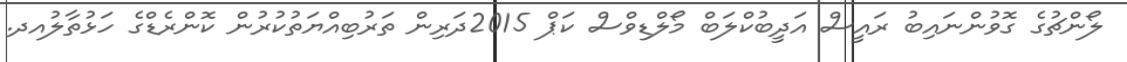
ލޯންޗުގެ ގޮވުންނައިބު ރައީސް އަދީބުކްލަބް މޯލްޑިވްސް ކަޕް 2015ދަރިން ތަރުބިއްޔަތުކުރުން ކޮންރެޑްގެ ހަޅުތާލުއދ.